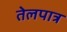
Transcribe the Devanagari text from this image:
तेलपात्र